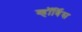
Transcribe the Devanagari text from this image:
व्हॉर्बिस